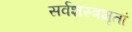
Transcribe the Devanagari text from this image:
सर्वशस्त्रभृतां